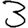
Digit: 3